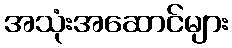
အသုံးအဆောင်များ